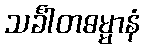
သင်္ခါတဓမ္မာနံ